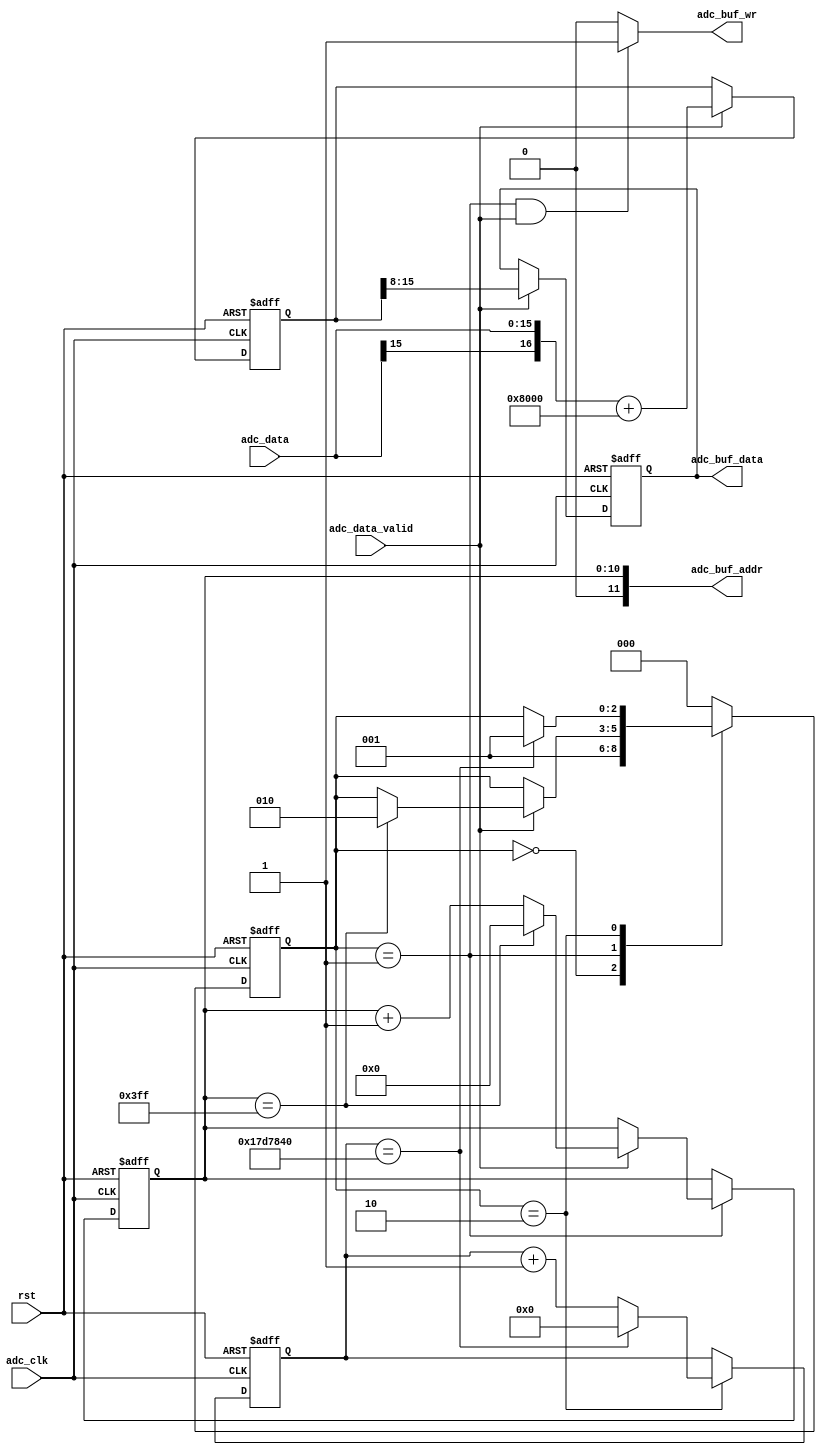
//////////////////////////////////////////////////////////////////////////////////
//                                                                              //
//                                                                              //
//          msq@qq.com                                                          //
//          ALINX(shanghai) Technology Co.,Ltd                                  //
//          heijin                                                              //
//     WEB: http://www.alinx.cn/                                                //
//     BBS: http://www.heijin.org/                                              //
//                                                                              //
//////////////////////////////////////////////////////////////////////////////////
//                                                                              //
// Copyright (c) 2017,ALINX(shanghai) Technology Co.,Ltd                        //
//                    All rights reserved                                       //
//                                                                              //
// This source file may be used and distributed without restriction provided    //
// that this copyright statement is not removed from the file and that any      //
// derivative work contains the original copyright notice and the associated    //
// disclaimer.                                                                  //
//                                                                              //
//////////////////////////////////////////////////////////////////////////////////

//================================================================================
//  Revision History:
//  Date          By            Revision    Change Description
//--------------------------------------------------------------------------------
//2017/8/28                   1.0          Original
//*******************************************************************************/
module ad7606_sample(
	input                       adc_clk,
	input                       rst,
	input[15:0]                 adc_data,
	input                       adc_data_valid,
	output                      adc_buf_wr,
	output[11:0]                adc_buf_addr,
	output[7:0]                 adc_buf_data
);

//`define TRIGGER

localparam       S_IDLE    = 0;
localparam       S_SAMPLE  = 1;
localparam       S_WAIT    = 2;

reg signed[16:0] adc_data_offset;
reg[7:0] adc_data_narrow;
reg[7:0] adc_data_narrow_d0;
reg[10:0] sample_cnt;
reg[31:0] wait_cnt;
reg[2:0] state;
assign adc_buf_addr = sample_cnt;
assign adc_buf_data = adc_data_narrow;
assign adc_buf_wr = (state == S_SAMPLE && adc_data_valid == 1'b1) ? 1'b1 : 1'b0;
always@(posedge adc_clk or posedge rst)
begin
	if(rst == 1'b1)
		adc_data_offset <= 13'd0;
	else if(adc_data_valid == 1'b1)
		adc_data_offset <= {adc_data[15],adc_data} + 17'd32768;
end

always@(posedge adc_clk or posedge rst)
begin
	if(rst == 1'b1)
		adc_data_narrow <= 8'd0;
	else if(adc_data_valid == 1'b1)
		adc_data_narrow <= adc_data_offset[15:8];
end

always@(posedge adc_clk or posedge rst)
begin
	if(rst == 1'b1)
		adc_data_narrow_d0 <= 8'd0;
	else if(adc_data_valid == 1'b1)
		adc_data_narrow_d0 <= adc_data_narrow;
end
always@(posedge adc_clk or posedge rst)
begin
	if(rst == 1'b1)
	begin
		state <= S_IDLE;
		wait_cnt <= 32'd0;
		sample_cnt <= 11'd0;
	end
	else
		case(state)
			S_IDLE:
			begin
				state <= S_SAMPLE;
			end
			S_SAMPLE:
			begin
				if(adc_data_valid == 1'b1)
				begin
					if(sample_cnt == 11'd1023)
					begin
						sample_cnt <= 11'd0;
						state <= S_WAIT;
					end
					else
					begin
						sample_cnt <= sample_cnt + 11'd1;
					end
				end
			end		
			S_WAIT:
			begin
`ifdef  TRIGGER				
				if(adc_data_valid == 1'b1 && adc_data_narrow_d0 < 8'd127 && adc_data_narrow >= 8'd127)
					state <= S_SAMPLE;
`else
				if(wait_cnt == 32'd25_000_000)
				begin
					state <= S_SAMPLE;
					wait_cnt <= 32'd0;
				end
				else
				begin
					wait_cnt <= wait_cnt + 32'd1;
				end
`endif					
			end	
			default:
				state <= S_IDLE;
		endcase
end

endmodule